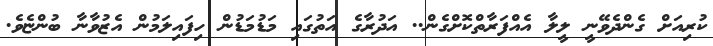
ކުރިއަށް ގެންދެވޭނީ ލީލާ އެއްފަރާތްކޮށްގެން.. އަދުރާގެ އަތުގައި މަޑުމަޑުން ހިފައިލަމުން އެޒުވާނާ ބުންޏެވެ.